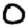
Digit: 0